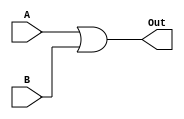
`timescale 1ns/1ns

module OR2_1bit(A, B, Out);

input A, B;
output Out;

assign #10 Out = A | B;

endmodule

module TB_OR2_1bit();

reg A, B;
wire Out;

OR2_1bit OR(.A(A), .B(B), .Out(Out));

initial begin
	A = 1'b0; B = 1'b0;
	#100;
	A = 1'b0; B = 1'b1;
	#100;
	A = 1'b1; B = 1'b0;
	#100;
	A = 1'b1; B = 1'b1;
end
endmodule